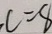
C = 8